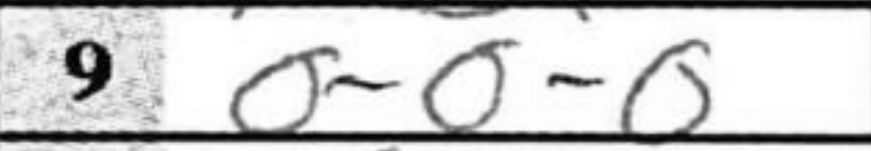
Transcription: O-O-O